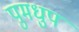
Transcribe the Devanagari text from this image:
पुमधुप